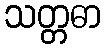
သတ္တဓာ